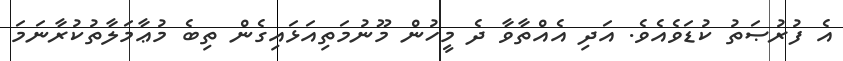
އެ ފުރުޞަތު ކުޑަވެއެވެ. އަދި އެއްތާވާ ދެ މީހުން މޫނުމަތިއަޅައިގެން ތިބެ މުޢާމަލާތުކުރާނަމަ